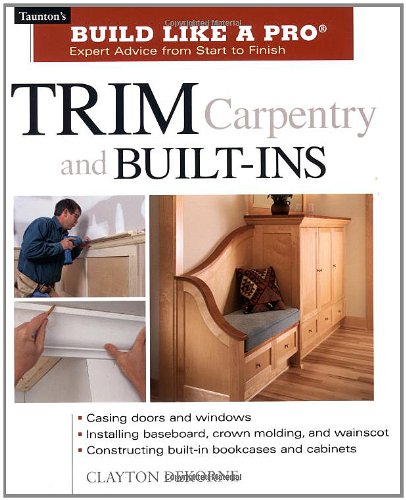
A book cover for Trim Carpentry and Built-Ins: Taunton's BLP: Expert Advice from Start to Finish (Taunton's Build Like a Pro); Clayton Dekorne; Arts & Photography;